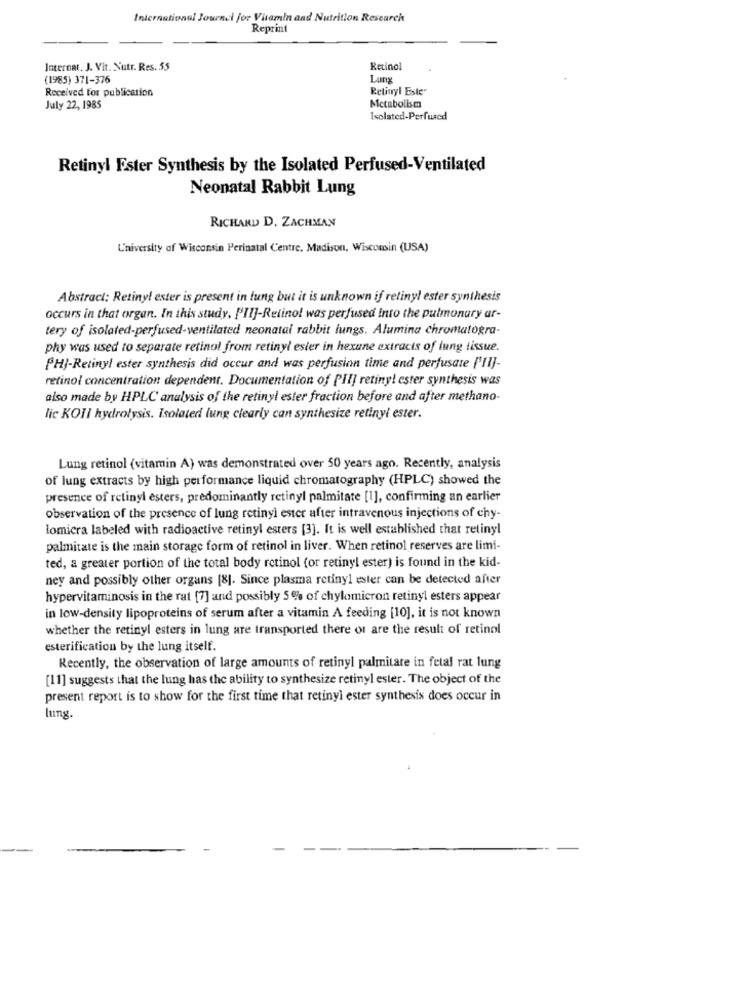
International Journal for Vitamin and Nutrition Research
Reprint
Internat, J. Vit. Nutr. Res. 55
Retinol
(1985) 371-376
Lun
Received for publication
Retinyl Ester
July 22, 1985
Metabolism
Isolated-Perfused
Retinyl Ester Synthesis by the Isolated Perfused-Ventilated
Neonatal Rabbit Lung
RICHARD D. ZACHMAN
L'niversity of Wisconsin Perinatal Centre. Madison, Wisconsin (USA)
Abstract: Retinyl ester is present in lung but it is unknown if retinyl ester synthesis
occurs in that organ. In this study, PII]-Retinol was perfused into the pulmonary ar-
tery of isolated-perfused-ventilated neonatal rabbit lungs. Alumina chromatogra-
phy was used to separate retinol from retinyl ester in hexune extracts of lung tissue.
PHI-Retinyl ester synthesis did occur and was perfusion time and perfusate ['Il]-
retinol concentration dependent. Documentation of PII] retiny! ester synthesis was
also made by HPLC analysis of the retinyl ester fraction before and after methano-
lic KOIl hydrolysis. Isolated lung clearly can synthesize retinyl ester.
Lung retinol (vitamin A) was demonstrated over 50 years ago. Recently, analysis
of lung extracts by high performance liquid chromatography (HPLC) showed the
presence of retinyl esters, predominantly retinyl palmitate [1], confirming an earlier
observation of the presence of lung retinyl ester after intravenous injections of chy-
lomicra labeled with radioactive retinyl esters [3]. It is well established that retinyl
palmitate is the main storage form of retinol in liver. When retinol reserves are limi-
ted, a greater portion of the total body retinol (or retinyl ester) is found in the kid-
ney and possibly other organs [8]. Since plasma retinyl ester can be detected after
hypervitaminosis in the rat [7] and possibly 5 % of chylomicron retinyl esters appear
in low-density lipoproteins of serum after a vitamin A feeding [10], it is not known
whether the retinyl esters in lung are transported there or are the result of retinol
esterification by the lung itself.
Recently, the observation of large amounts of retinyl palmitate in fetal rat lung
[11] suggests that the lung has the ability to synthesize retinyl ester. The object of the
present report is to show for the first time that retinyl ester synthesis does occur in
lung.